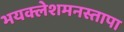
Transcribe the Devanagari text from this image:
भयक्लेशमनस्तापा